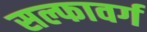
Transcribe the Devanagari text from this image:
सल्फावर्ग